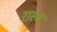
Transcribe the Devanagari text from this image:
रास्च